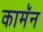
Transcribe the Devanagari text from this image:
कामॅन